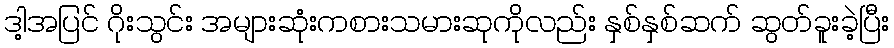
ဒါ့အပြင် ဂိုးသွင်း အများဆုံးကစားသမားဆုကိုလည်း နှစ်နှစ်ဆက် ဆွတ်ခူးခဲ့ပြီး